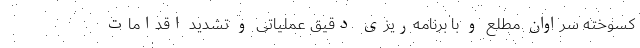
کسوخته سراوان مطلع و با برنامه‌ریزی دقیق عملیاتی و تشدید اقدامات